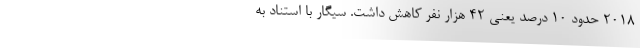
۲۰۱۸ حدود ۱۰ درصد یعنی ۴۲ هزار نفر کاهش داشت. سیگار با استناد به